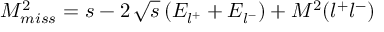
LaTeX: M _ { m i s s } ^ { 2 } = s - 2 \, \sqrt { s } \left( E _ { l ^ { + } } + E _ { l ^ { - } } \right) + M ^ { 2 } ( l ^ { + } l ^ { - } )